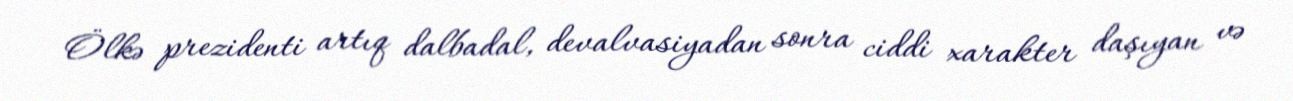
Ölkə prezidenti artıq dalbadal, devalvasiyadan sonra ciddi xarakter daşıyan və